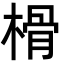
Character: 榾